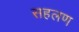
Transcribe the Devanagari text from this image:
सहलण